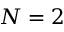
N = 2